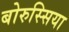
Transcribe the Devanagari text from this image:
बोरुस्सिया